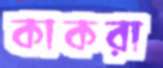
কাকরা